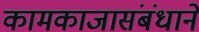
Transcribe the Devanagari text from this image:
कामकाजासंबंधाने